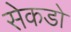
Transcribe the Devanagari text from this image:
सेकडो